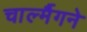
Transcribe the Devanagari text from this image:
चार्ल्मैगने